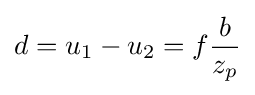
d=u_{1}-u_{2}=f{\frac {b}{z_{p}}}